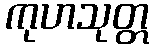
ကုဟသုတ္တ